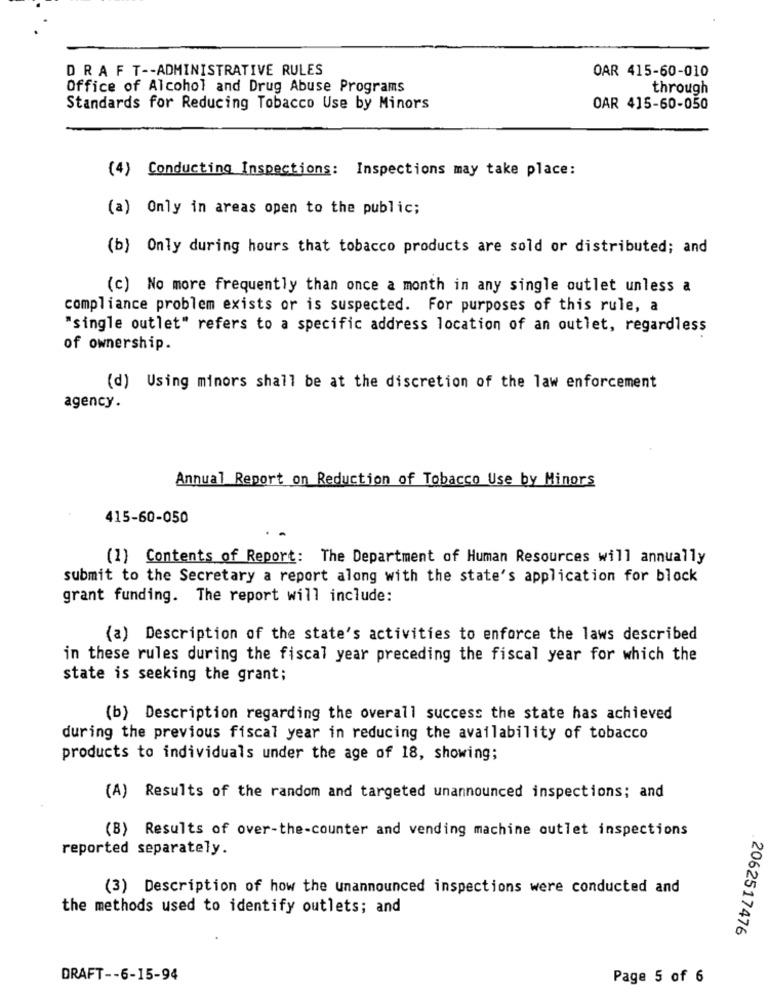
DRAFT -- ADMINISTRATIVE RULES
OAR 415-60-010
Office of Alcohol and Drug Abuse Programs
through
Standards for Reducing Tobacco Use by Minors
OAR 415-60-050
(4) Conducting Inspections: Inspections may take place:
(a) Only in areas open to the public;
(b) Only during hours that tobacco products are sold or distributed; and
(c) No more frequently than once a month in any single outlet unless a
compliance problem exists or is suspected. For purposes of this rule, a
"single outlet" refers to a specific address location of an outlet, regardless
of ownership.
(d) Using minors shall be at the discretion of the law enforcement
agency.
Annual Report on Reduction of Tobacco Use by Minors
415-60-050
(1) Contents of Report: The Department of Human Resources will annually
submit to the Secretary a report along with the state's application for block
grant funding. The report will include:
(a) Description of the state's activities to enforce the laws described
in these rules during the fiscal year preceding the fiscal year for which the
state is seeking the grant;
(b) Description regarding the overall success the state has achieved
during the previous fiscal year in reducing the availability of tobacco
products to individuals under the age of 18, showing;
(A) Results of the random and targeted unannounced inspections; and
(B) Results of over-the-counter and vending machine outlet inspections
reported separately.
(3) Description of how the unannounced inspections were conducted and
the methods used to identify outlets; and
. 2062517476
DRAFT -- 6-15-94
Page 5 of 6